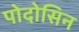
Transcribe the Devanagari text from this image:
पोदोसिन